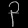
Digit: ၃